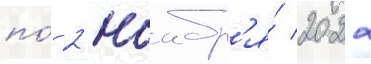
по́ 2 ноабр'я́ 2022